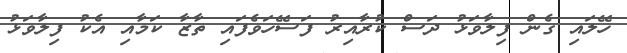
ހޭލައި ގެން ފިލާވަޅު ދަސް ކުރާއިރު ފަސޭހަވެފައި ތާޒާ ކަމާއި އެކު ފިލާވަޅު